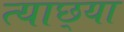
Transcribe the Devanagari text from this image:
त्याछ्या